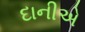
દાનીએ